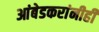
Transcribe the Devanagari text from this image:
आंबेडकरांनीही